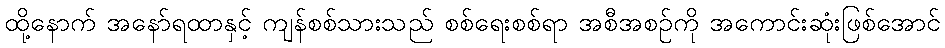
ထို့နောက် အနော်ရထာနှင့် ကျန်စစ်သားသည် စစ်ရေးစစ်ရာ အစီအစဉ်ကို အကောင်းဆုံးဖြစ်အောင်